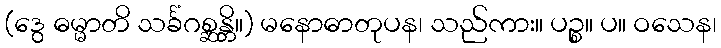
(ဒွေ ဓမ္မာတိ သင်္ခံဂစ္ဆန္တိ။) မနောဓာတုပန၊ သည်ကား။ ပဉ္စ။ ပ။ ဝသေန၊